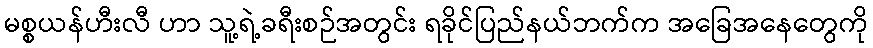
မစ္စယန်ဟီးလီ ဟာ သူ့ရဲ့ခရီးစဉ်အတွင်း ရခိုင်ပြည်နယ်ဘက်က အခြေအနေတွေကို